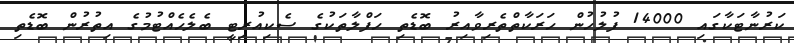
ކަރުނާޓަކާގައި 14000 ފުލުހުން ހަރަކާތްތެރިވާއިރު ބޮޑެތި ހަފްލާތަކުގެ ސެކިއުރިޓީ ބެލެހެއްޓުމުގެ އިތުރުން ބޮޑެތި